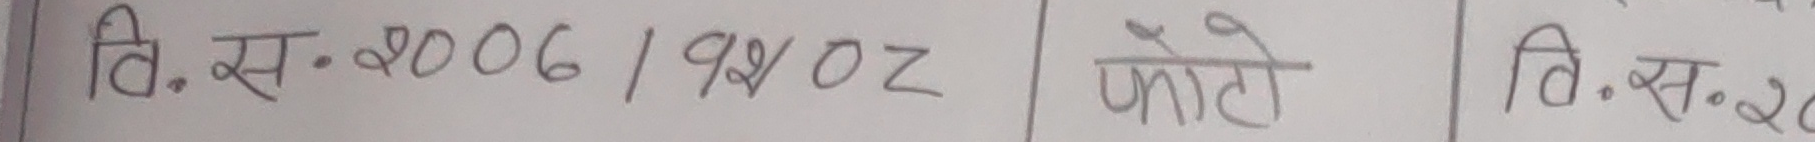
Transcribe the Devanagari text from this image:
वि. स. २००६ / १९४०Z फोटो वि. स. २०